Report of the Imperial Institute of Veterinary Research, Muktesar
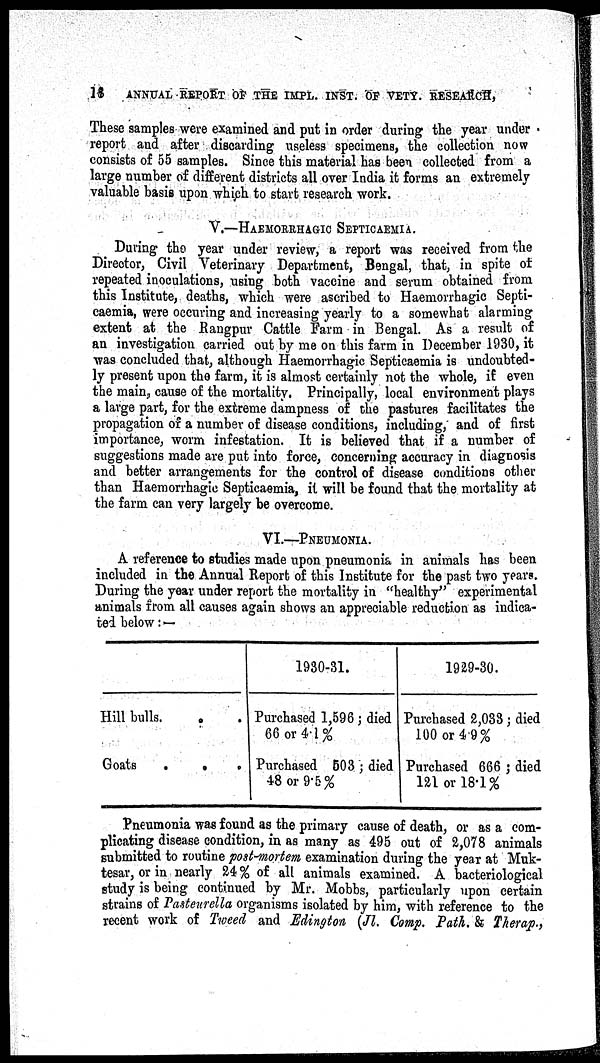
18
ANNUAL REPORT OF THE IMPL. INST. OF VETY. RESEARCH,
These samples were examined and put in order during the year under
report and after discarding useless specimens, the collection now
consists of 55 samples. Since this material has been collected from a
large number of different districts all over India it forms an extremely
valuable basis upon which to start research work.
V.—HAEMORRHAGIC
SEPTICAEMIA.
During the year under review, a report was received from the
Director, Civil Veterinary Department, Bengal, that, in spite of
repeated inoculations, using both vaccine and serum obtained from
this Institute, deaths, which were ascribed to Haemorrhagic Septi-
caemia, were occuring and increasing yearly to a somewhat alarming
extent at the Rangpur Cattle Farm in Bengal. As a result of
an investigation carried out by me on this farm in December 1930, it
was concluded that, although Haemorrhagic Septicaemia is undoubted-
ly present upon the farm, it is almost certainly not the whole, if even
the main, cause of the mortality. Principally, local environment plays
a large part, for the extreme dampness of the pastures facilitates the
propagation of a number of disease conditions, including, and of first
importance, worm infestation. It is believed that if a number of
suggestions made are put into force, concerning accuracy in diagnosis
and better arrangements for the control of disease conditions other
than Haemorrhagic Septicaemia, it will be found that the mortality at
the farm can very largely be overcome.
VI.—PNEUMONIA.
A reference to studies made upon pneumonia in animals has been
included in the Annual Report of this Institute for the past two years.
During the year under report the mortality in "healthy" experimental
animals from all causes again shows an appreciable reduction as indica-
ted below: —
Hill bulls. • •
Goats
•
•
•
1930-31.
Purchased 1,596 ; died
66 or 4.1%
Purchased 503 ; died
48 or 9.5%
1929-30.
Purchased 2,033 ; died
100 or 4.9%
Purchased 666 ; died
121 or 18.1%
Pneumonia was found as the primary cause of death, or as a com-
plicating disease condition, in as many as 495 out of 2,078 animals
submitted to routine post-mortem examination during the year at Muk¬
tesar, or in nearly 24% of all animals examined. A bacteriological
study is being continued by Mr. Mobbs, particularly upon certain
strains of Pasteurella organisms isolated by him, with reference to the
recent work of Tweed and Edington (Jl. Comp. Path. & Therap.,